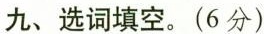
九、选词填空。(6分)